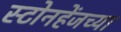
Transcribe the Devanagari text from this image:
स्टोनहेंजच्या